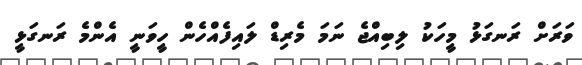
ވަރަށް ރަނގަޅު މީހަކު ލިބިއްޖެ ނަމަ މެރިޑް ލައިފެއްހެން ހީވަނީ އެންމެ ރަނގަޅީ